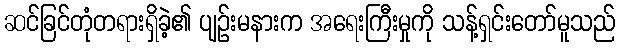
ဆင်ခြင်တုံတရားရှိခဲ့၏ ပျဉ်းမနားက အရေးကြီးမှုကို သန့်ရှင်းတော်မူသည်